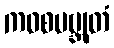
ကဝစမဗ္ဘုတံ